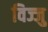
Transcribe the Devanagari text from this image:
विज्जु